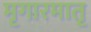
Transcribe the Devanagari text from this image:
मृगारमातृ